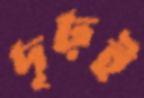
দৃঢ়ই